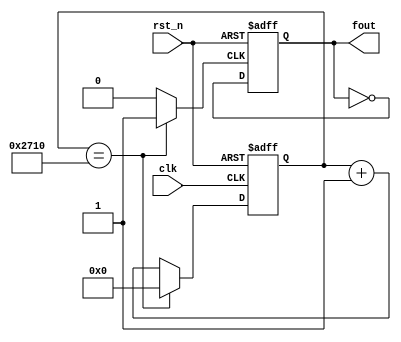
`timescale 1ns / 1ps
//////////////////////////////////////////////////////////////////////////////////
// Company: 
// Engineer: 
// 
// Design Name: 
// Module Name: lab6_1fre100hz
// Project Name: 
// Target Devices: 
// Tool Versions: 
// Description: 
// 
// Dependencies: 
// 
// Revision:
// Revision 0.01 - File Created
// Additional Comments:
// 
//////////////////////////////////////////////////////////////////////////////////


module lab6_1_qclk(
fout, // divided clock output
clk, // global clock input
rst_n // active low reset
);
output fout; // divided output
input clk; // global clock input
input rst_n; // active low reset
reg [26:0] cnt_tmp,cnt;
reg clk_tmp,s_cnt,s_cnt_tmp; // input to dff (in always block)
always @*
if(cnt == 10000) cnt_tmp = 0;
else cnt_tmp = cnt + 27'd1;
//clk_temp 0.5s
always @*
if(cnt == 10000) clk_tmp = 1;
else clk_tmp = 0;
always @*
s_cnt_tmp = ~s_cnt ;
assign fout = s_cnt;
//Flip flop with 0.5s freq
always @(posedge clk_tmp or negedge rst_n)
if (~rst_n) s_cnt <= 0;
else s_cnt <= s_cnt_tmp;
// Flip flops
always @(posedge clk or negedge rst_n)
if (~rst_n) cnt <= 27'b0;
else cnt <= cnt_tmp;
endmodule